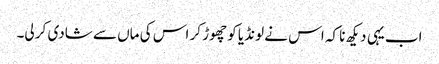
اب یہی دیکھ نا کہ اس نے لونڈیا کو چھوڑ کر اس کی ماں سے شادی کر لی۔